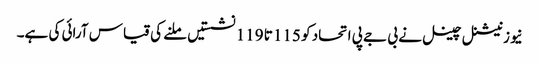
نیوز نیشنل چینل نے بی جے پی اتحاد کو 115 تا 119 نشستیں ملنے کی قیاس آرائی کی ہے۔